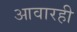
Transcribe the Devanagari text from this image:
आवारही